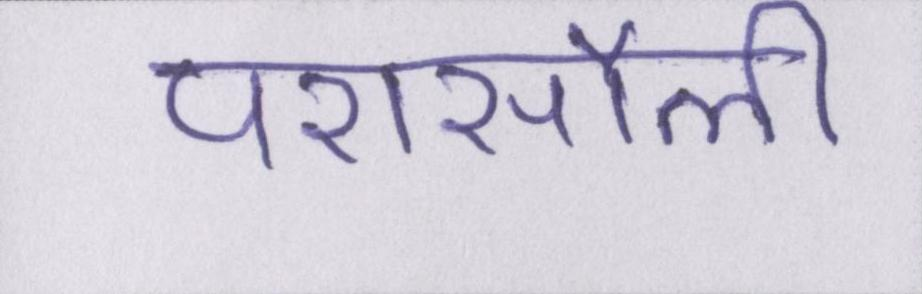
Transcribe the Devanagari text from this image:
परासौली